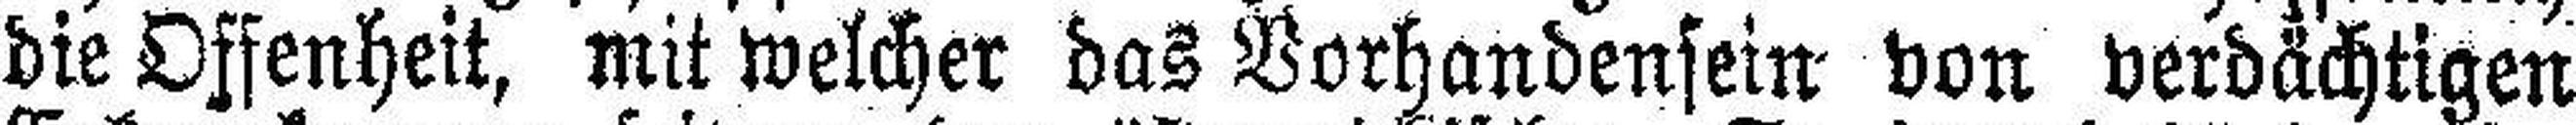
die Offenheit, mit welcher das Vorhandensein von verdächtigen